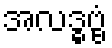
အလဒ္ဓဗ္ဗံ